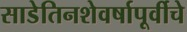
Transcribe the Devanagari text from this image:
साडेतिनशेवर्षापूर्वीचे